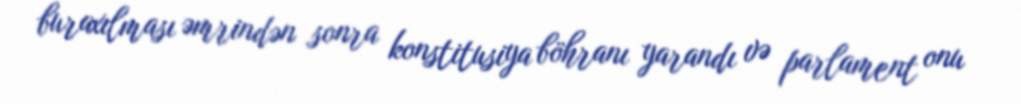
buraxılması əmrindən sonra konstitusiya böhranı yarandı və parlament onu